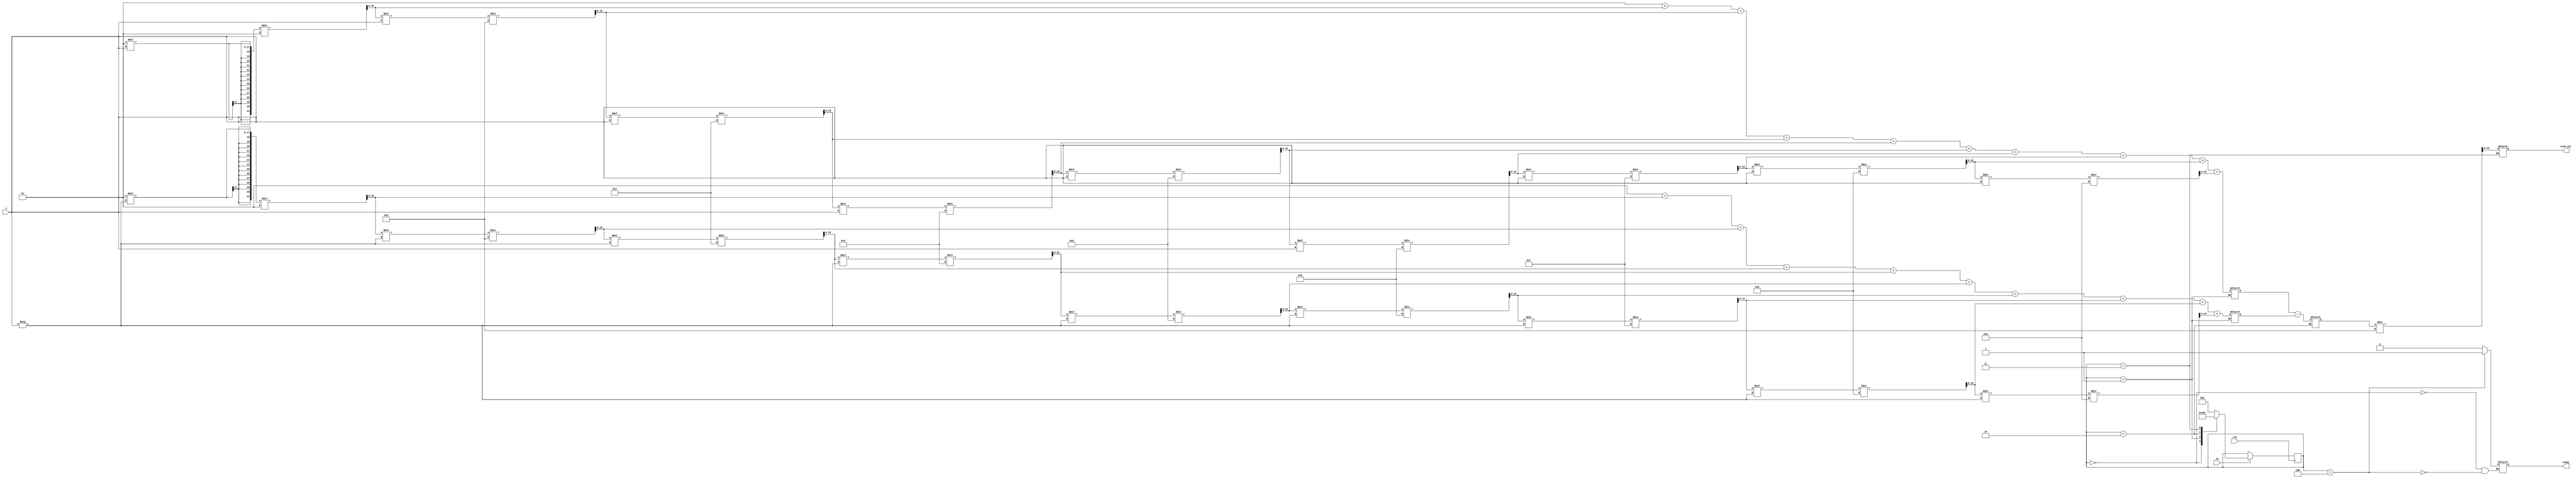
module sinh_arithmetic_block #(
    parameter N = 16, // Input bit width
    parameter M = 16  // Output bit width
)(
    input wire clk,
    input wire en,
    input wire signed [N-1:0] x, // Input value
    output reg signed [M-1:0] sinh_out, // Output value
    output reg ready // Signal indicating output is valid
);

    // Internal signals
    reg signed [N-1:0] exp_x; // e^x
    reg signed [N-1:0] exp_neg_x; // e^(-x)
    reg signed [N-1:0] exp_diff; // e^x - e^(-x)
    reg [2:0] state; // FSM state
    reg [2:0] next_state; // Next state for FSM

    // State encoding
    localparam IDLE = 3'b000,
               CALC_EXP = 3'b001,
               CALC_DIFF = 3'b010,
               DIVIDE = 3'b011,
               OUTPUT = 3'b100;

    // Simple exponential approximation using Taylor series
    function signed [N-1:0] exp_approx(input signed [N-1:0] val);
        // Taylor series expansion for e^x: 1 + x + x^2/2! + x^3/3! + ...
        integer i;
        reg signed [N-1:0] term;
        reg signed [N-1:0] sum;
        begin
            sum = 0;
            term = 1; // First term is 1
            for (i = 0; i < 10; i = i + 1) begin // 10 terms for approximation
                sum = sum + term;
                term = (term * val) / (i + 1); // Calculate next term
            end
            exp_approx = sum;
        end
    endfunction

    // FSM for controlling the computation
    always @(posedge clk) begin
        if (en) begin
            state <= next_state;
        end
    end

    always @(*) begin
        case (state)
            IDLE: begin
                ready = 0;
                next_state = CALC_EXP;
            end
            CALC_EXP: begin
                exp_x = exp_approx(x);
                exp_neg_x = exp_approx(-x);
                next_state = CALC_DIFF;
            end
            CALC_DIFF: begin
                exp_diff = exp_x - exp_neg_x;
                next_state = DIVIDE;
            end
            DIVIDE: begin
                sinh_out = exp_diff / 2; // Divide by 2
                next_state = OUTPUT;
            end
            OUTPUT: begin
                ready = 1; // Output is valid
                next_state = IDLE; // Go back to IDLE
            end
            default: next_state = IDLE;
        endcase
    end

endmodule